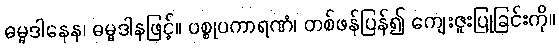
ဓမ္မဒါနေန၊ ဓမ္မဒါနဖြင့်။ ပစ္စုပကာရဏံ၊ တစ်ဖန်ပြန်၍ ကျေးဇူးပြုခြင်းကို။